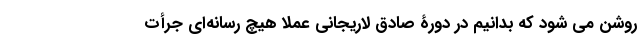
روشن می شود که بدانیم در دورۀ صادق لاریجانی عملا هیچ رسانه‌ای جرأت